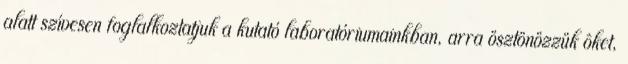
alatt szívesen foglalkoztatjuk a kutató laboratóriumainkban, arra ösztönözzük ôket,